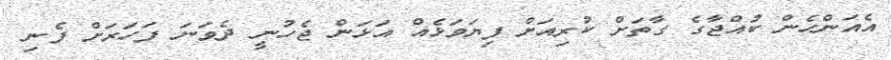
އެއަންހެން ކުއްޖާގެ ގާތަށް ކުރިއަށް ފިޔަވަޅެއް އަޅަން ޖެހުނީ ދެވަނަ ފަހަރަށް ފެނި